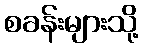
စခန်းများသို့